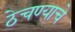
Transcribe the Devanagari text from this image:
ठेचण्याचे